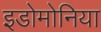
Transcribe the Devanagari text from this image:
इडोमोनिया